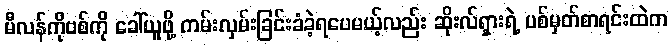
မီလန်ကိုဗစ်ကို ခေါ်ယူဖို့ ကမ်းလှမ်းခြင်းခံခဲ့ရပေမယ့်လည်း ဆိုးလ်ရှားရဲ့ ပစ်မှတ်စာရင်းထဲက